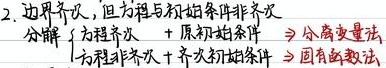
2. 边界齐次，但方程与初始条件非齐次分解
\[
\begin{cases}
\text{方程齐次} + \text{原初始条件} &\Rightarrow \text{分离变量法} \\
\text{方程非齐次} + \text{零初始条件} &\Rightarrow \text{固有函数法}
\end{cases}
\]